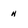
Character: h